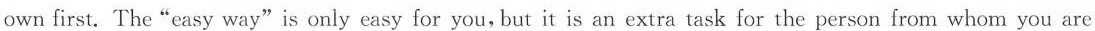
own first. The"easy way"is only easy for you,but it is an extra task for the person from whon you are